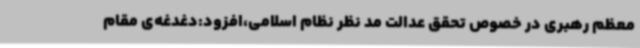
معظم رهبری در خصوص تحقق عدالت مد نظر نظام اسلامی،افزود:دغدغه‌ی مقام